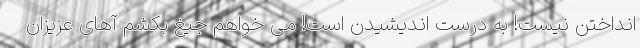
انداختن نیست! به درست اندیشیدن است! می خواهم جیغ بکشم آهای عزیزان